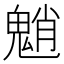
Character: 魈